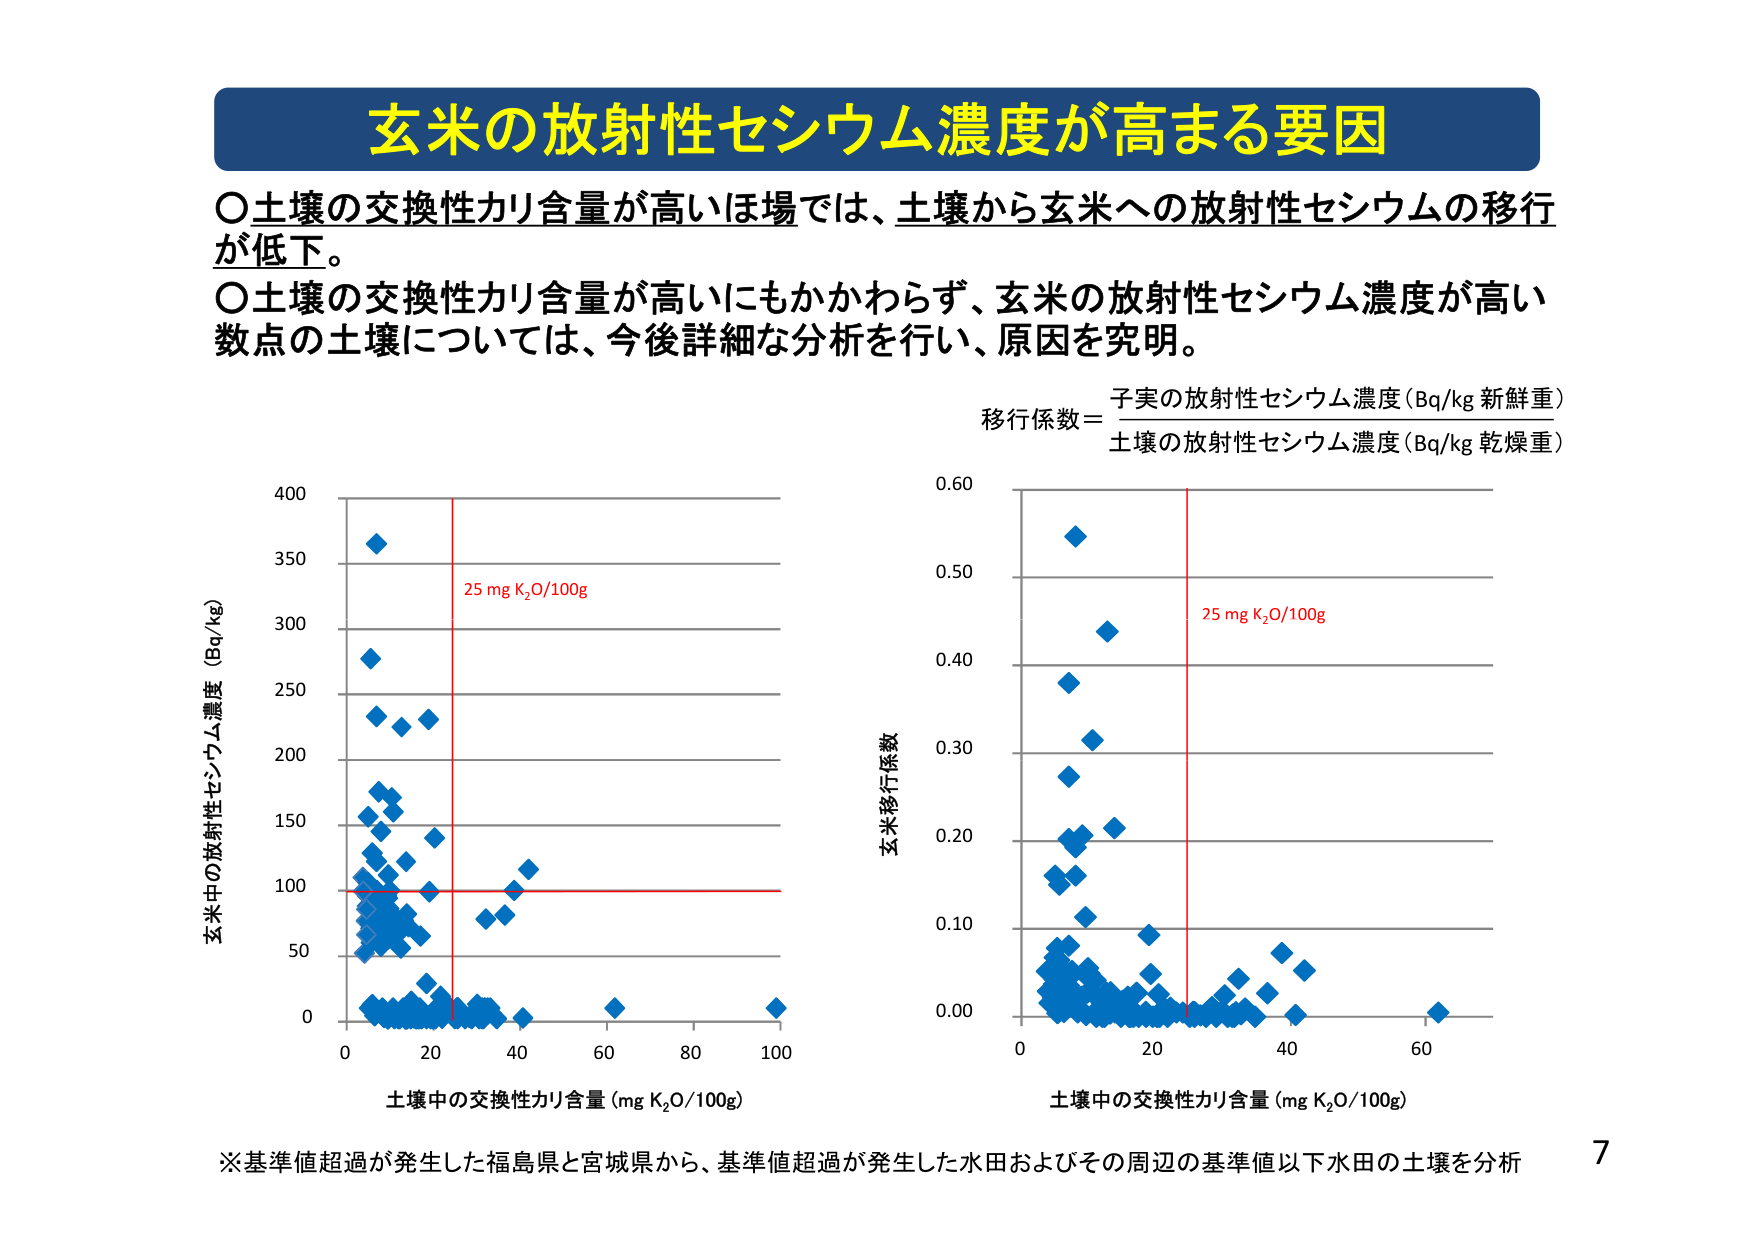
玄米の放射性セシウム濃度が高まる要因

○土壌の交換性カリ含量が高いほ場では、土壌から玄米への放射性セシウムの移行が低下。

○土壌の交換性カリ含量が高いにもかかわらず、玄米の放射性セシウム濃度が高い数点の土壌については、今後詳細な分析を行い、原因を究明。

移行係数＝
　　子実の放射性セシウム濃度（Bq/kg 新鮮重）
　　───────────────────────
　　土壌の放射性セシウム濃度（Bq/kg 乾燥重）

玄米中の放射性セシウム濃度（Bq/kg）